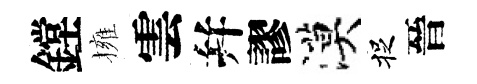
鏜擁雲幷謬漠捉晉